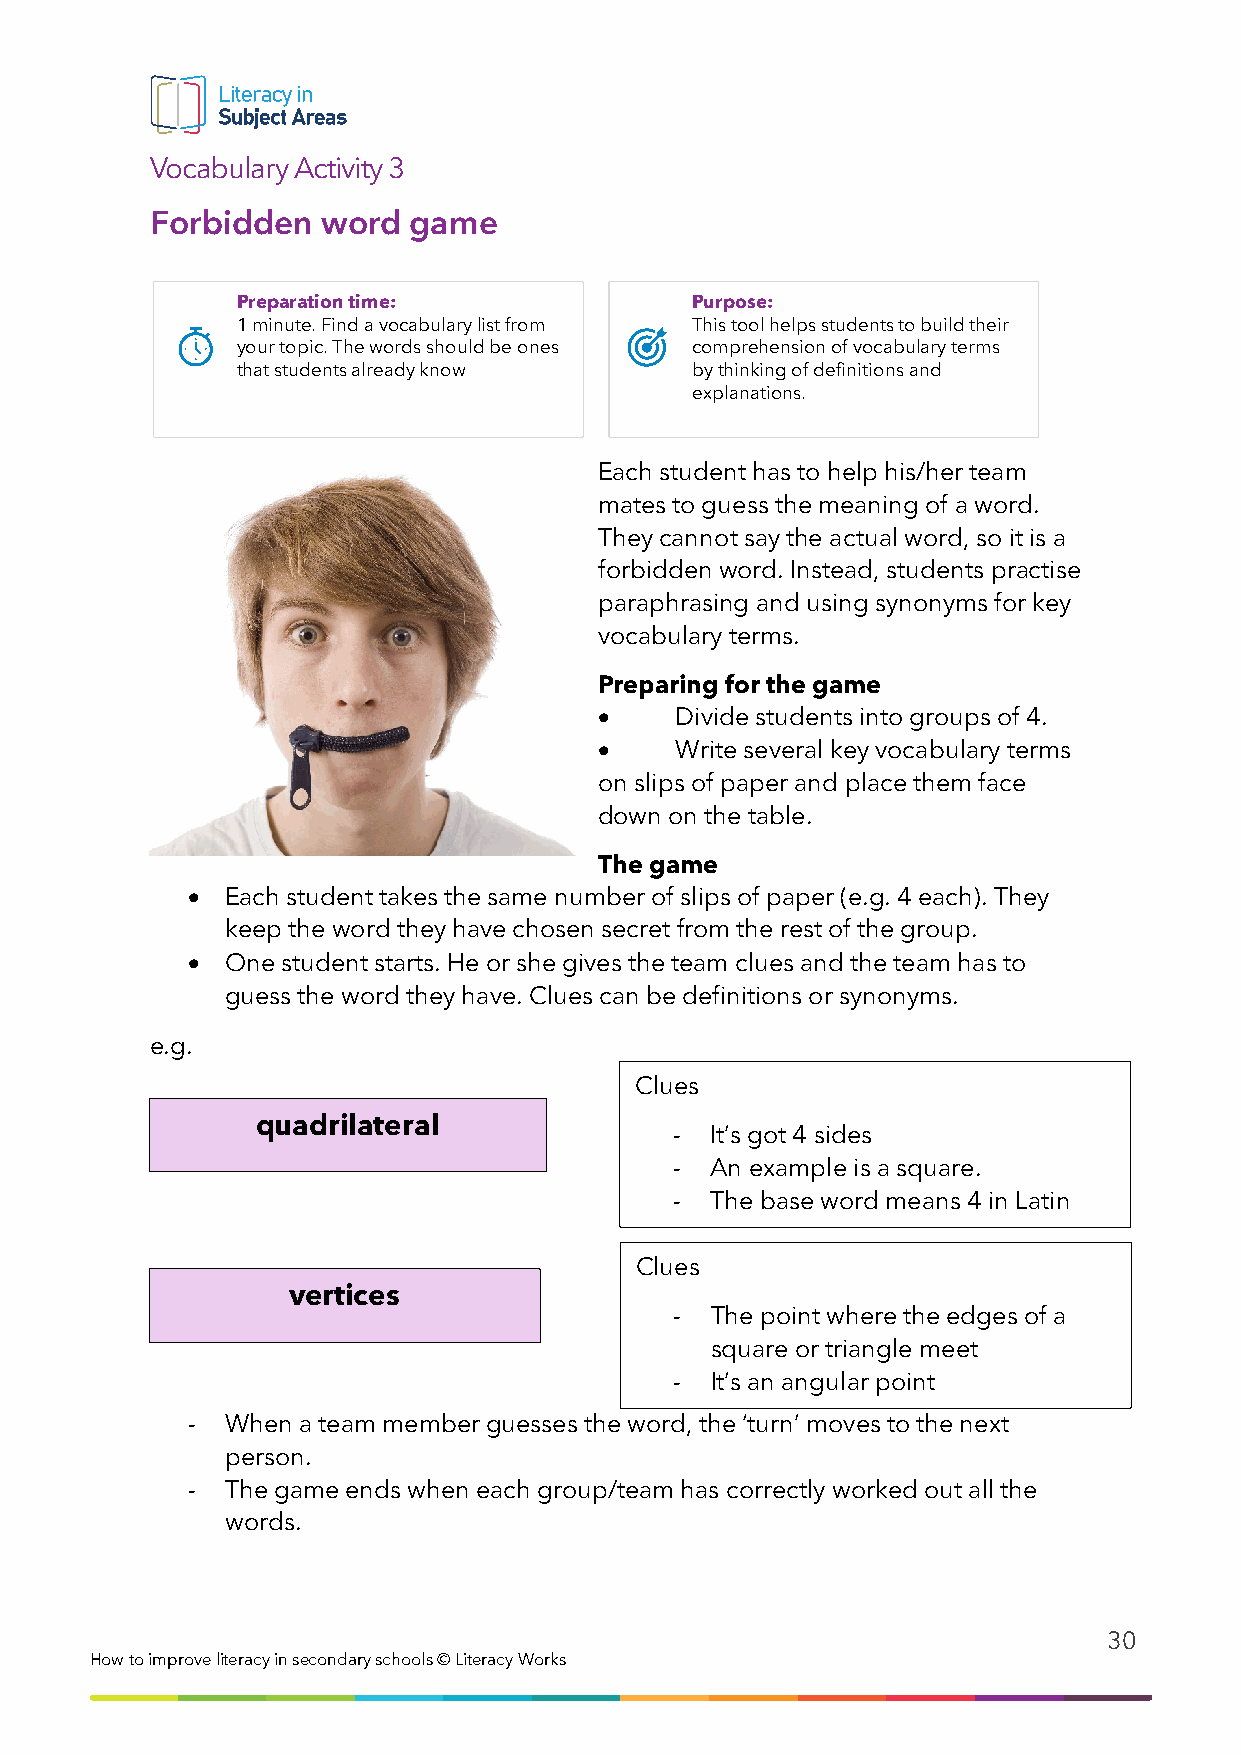
Vocabulary Activity 3
 Forbidden  word  game
 Preparation time:             Purpose:
 1 minute. Find a vocabulary list from This tool helps students to build their
 your topic. The words should be ones comprehension of vocabulary terms
 that students already know    by thinking of definitions and
 explanations.
 Each student has to help his/her team
 mates to guess the meaning of a word.
 They cannot say the actual word, so it is a
 forbidden word. Instead, students practise
 paraphrasing and using synonyms for key
 vocabulary terms.
 Preparing for the game
 •    Divide students into groups of 4.
 •    Write several key vocabulary terms
 on slips of paper and place them face
 down on the table.
 The game
 •  Each student takes the same number of slips of paper (e.g. 4 each). They
 keep the word they have chosen secret from the rest of the group.
 •  One student starts. He or she gives the team clues and the team has to
 guess the word they have. Clues can be definitions or synonyms.
 e.g.
 Clues
 quadrilateral
 - It’s got 4 sides
 - An example is a square.
 - The base word means 4 in Latin
 Clues
 vertices
 - The point where the edges of a
 square or triangle meet
 - It’s an angular point
 -  When a team member guesses the word, the ‘turn’ moves to the next
 person.
 -  The game ends when each group/team has correctly worked out all the
 words.
 30
 How to i mprove literacy in secondary schools © Literacy Works